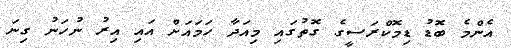
އެންމެ ބޮޑު ޑިމޮކްރަސީގެ ގޮތުގައި މިއަދާ ހަމައަށް އައި އިރު ނުހަނު ގިނަ